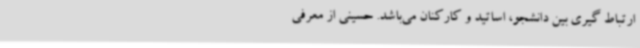
ارتباط گیری بین دانشجو، اساتید و کارکنان می‌باشد. حسینی از معرفی